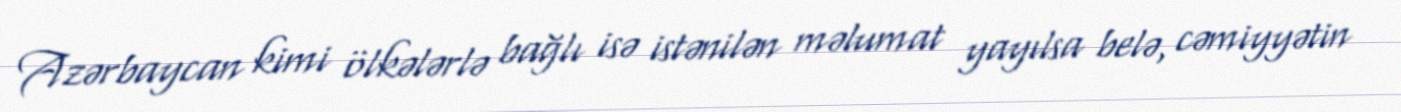
Azərbaycan kimi ölkələrlə bağlı isə istənilən məlumat yayılsa belə, cəmiyyətin